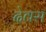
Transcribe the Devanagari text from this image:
देवस